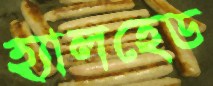
হ্যালহেড